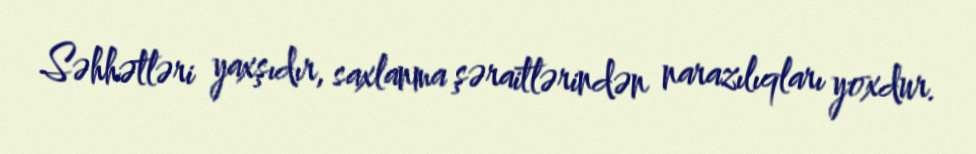
Səhhətləri yaxşıdır, saxlanma şəraitlərindən narazılıqları yoxdur.